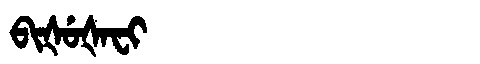
Manchu: ᠪᡳᡧᡠᡧᠠᠸᡳ
Romanization: BIŠUŠAFI